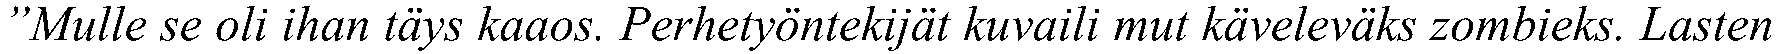
”Mulle se oli ihan täys kaaos. Perhetyöntekijät kuvaili mut käveleväks zombieks. Lasten